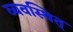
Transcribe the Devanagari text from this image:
व्यवस्थित्